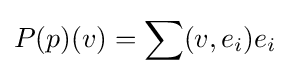
P(p)(v)=\sum (v,e_{i})e_{i}